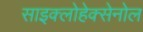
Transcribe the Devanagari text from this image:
साइक्लोहेक्सेनोल